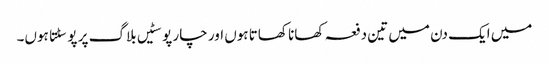
میں ایک دن میں تین دفعہ کھانا کھاتا ہوں اور چار پوسٹیں بلاگ پر پوسٹتا ہوں۔